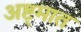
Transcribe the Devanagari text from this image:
अष्ट्मात